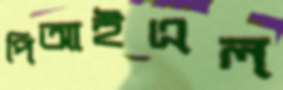
পিআইএল